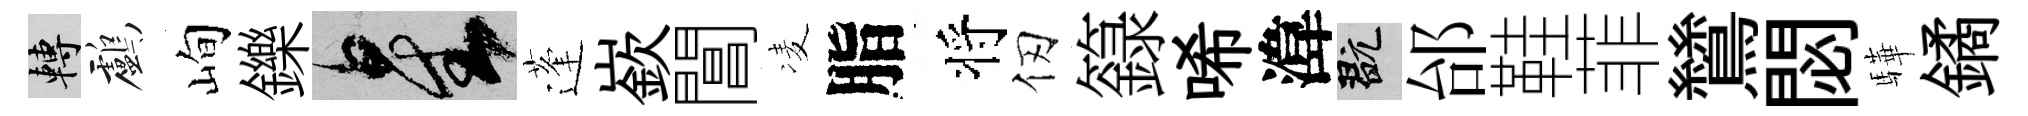
轉鸕峋鑠星蓬嶔閶凌脂将仞籙唏湋玩邰鞋菲鷥閟驊鐍